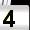
Digit: 4